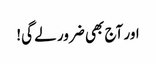
اور آج بھی ضرور لے گی!